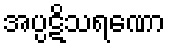
အပ္ပဋိသရဏော